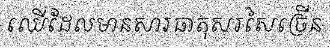
ឈើដែលមានសារធាតុសរសៃច្រើន